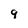
Character: 9